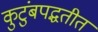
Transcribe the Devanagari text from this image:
कुटुंबपद्धतीत